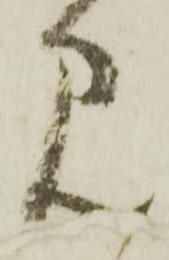
見